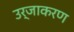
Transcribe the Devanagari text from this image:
उर्जाकरण